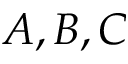
A , B , C